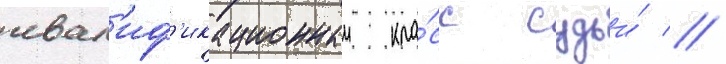
квал'иф'икационныи кла́сс судьи́ //